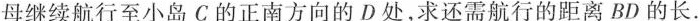
母继续航行至小岛C的正南方向的D处，求还需航行的距离BD的长.